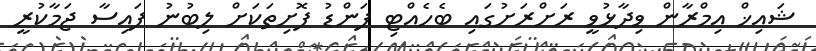
ޝައިޚް އިމްރާން ވިދާޅުވީ ރަށްރަށުގައި ބެހެއްޓި ފަންޑު ފޮށިތަކަށް ލިބުނު ފައިސާ ޖަމާކުރީ